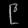
Digit: ၉